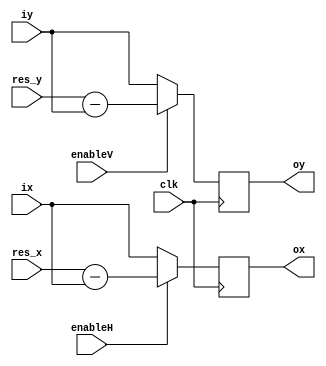
module flipV(
	input clk,
	input [9:0] res_x,
	input [8:0] res_y,
	input [9:0] ix,
	input [8:0] iy,
	
	input enableV,
	input enableH,
	output reg [9:0] ox,
	output reg [8:0] oy
);

always @(posedge clk)
begin
	if (enableV)
		oy <= res_y - iy;
	else
		oy <= iy;
		
	if (enableH)
		ox <= res_x - ix;
	else
		ox <= ix;
end

endmodule